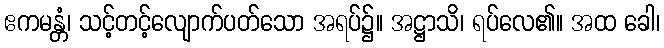
ဧကမန္တံ၊ သင့်တင့်လျောက်ပတ်သော အရပ်၌။ အဋ္ဌာသိ၊ ရပ်လေ၏။ အထ ခေါ၊